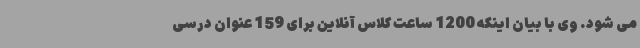
می شود. وی با بیان اینکه 1200 ساعت کلاس آنلاین برای 159 عنوان درسی